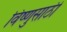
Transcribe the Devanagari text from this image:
विष्णुसाठी